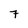
Character: 7